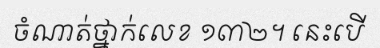
ចំណាត់ថ្នាក់លេខ ១៣២។ នេះបើ